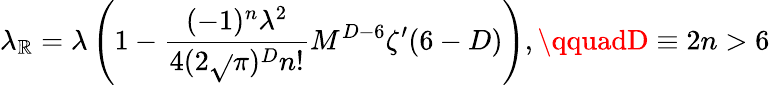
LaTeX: \lambda_{\mathbb{R}}=\lambda\left(1-\frac{{(-1)^{n}\lambda^{2}}}{{4(2\sqrt{}{{\pi}})^{D}n!}}M^{D-6}\zeta^{\prime}(6-D)\right),\qquadD\equiv2n>6